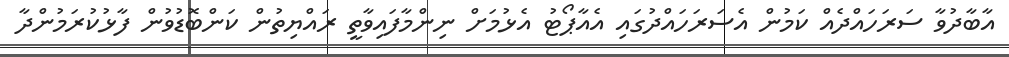
އާބާދުވާ ސަރަހައްދެއް ކަމުން އެސަރަހައްދުގައި އެއާޕޯޓު އެޅުމަށް ނިންމާފައިވާތީ ރައްޔިތުން ކަންބޮޑުވުން ފާޅުކުރަމުންދާ